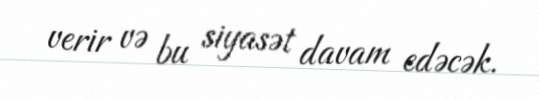
verir və bu siyasət davam edəcək.